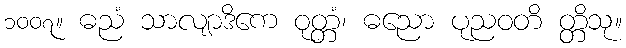
၁၀၀၇။ ဓညံ သာလျာဒိကေ ဝုတ္တံ၊ ဓညော ပုညဝတိ တ္တိသု။